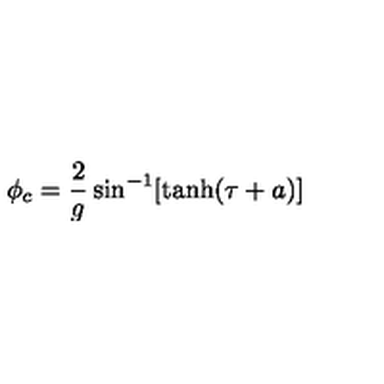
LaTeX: \phi _ { c } = \frac { 2 } { g } \sin ^ { - 1 } [ \tanh ( \tau + a ) ]